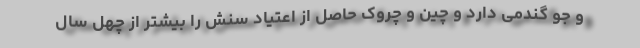
و جو گندمی دارد و چین و چروک حاصل از اعتیاد سنش را بیشتر از چهل سال